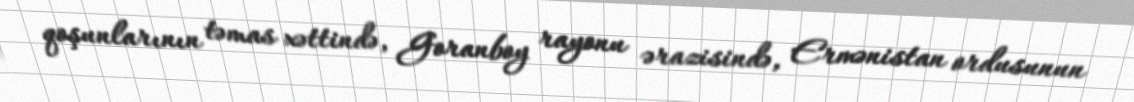
qoşunlarının təmas xəttində, Goranboy rayonu ərazisində, Ermənistan ordusunun